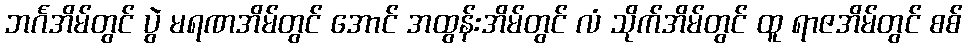
ဘင်္ဂအိမ်တွင် ပွဲ မရဏအိမ်တွင် အောင် အထွန်းအိမ်တွင် လံ သိုက်အိမ်တွင် ထူ ရာဇအိမ်တွင် စစ်